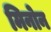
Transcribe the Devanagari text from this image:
मिनोन